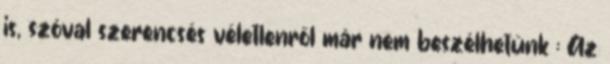
is, szóval szerencsés véletlenről már nem beszélhetünk : Az